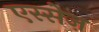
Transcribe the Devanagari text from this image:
एस्सेज़